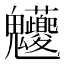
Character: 𩵉